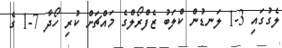
ލެގުގައި 3-1 ލަނޑުން ކްލަބު ޒެފްރޯލްގެ މައްޗަށް ކުރި ހޯދާ 7-1 ގެ